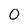
Character: 0